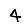
Digit: 4